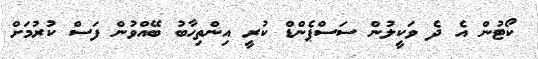
ކޯޓުން އެ ދެ ވަކީލުން ސަސްޕެންޑް ކުރީ އިންތިހާބު ބޭއްވުން ފަސް ކުރުމަށް